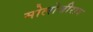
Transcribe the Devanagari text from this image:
मोलोजीराव